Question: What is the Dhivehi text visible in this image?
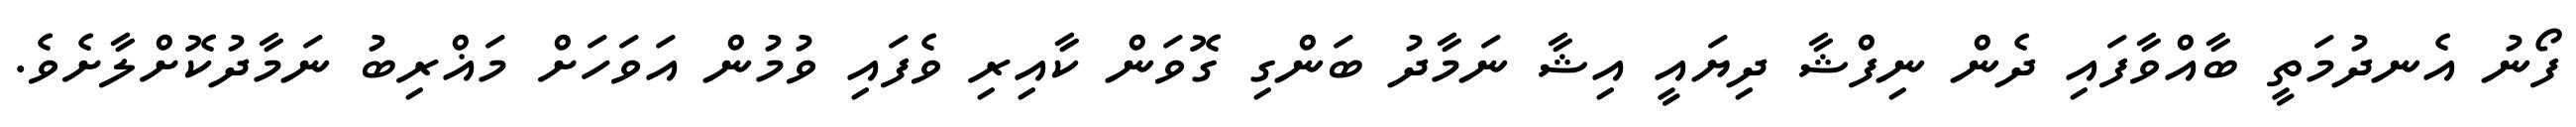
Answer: ފޯނު އެނދުމަތީ ބާއްވާފައި ދެން ނިފްޝާ ދިޔައީ އިޝާ ނަމާދު ބަންގި ގޮވަން ކާއިރި ވެފައި ވުމުން އަވަހަށް މަޣްރިބު ނަމާދުކޮށްލާށެވެ.